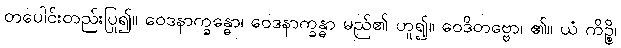
တပေါင်းတည်းပြု၍။ ဝေဒနာက္ခန္ဓော၊ ဝေဒနာက္ခန္ဓာ မည်၏ ဟူ၍။ ဝေဒိတဗ္ဗော၊ ၏။ ယံ ကိဉ္စိ၊